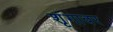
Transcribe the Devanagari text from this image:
शृंगावर